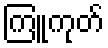
ကြူကုတ်